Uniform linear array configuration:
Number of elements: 24
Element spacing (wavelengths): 0.5
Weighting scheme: hamming
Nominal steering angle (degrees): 0
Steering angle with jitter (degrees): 0.6152
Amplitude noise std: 0.05
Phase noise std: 0.05

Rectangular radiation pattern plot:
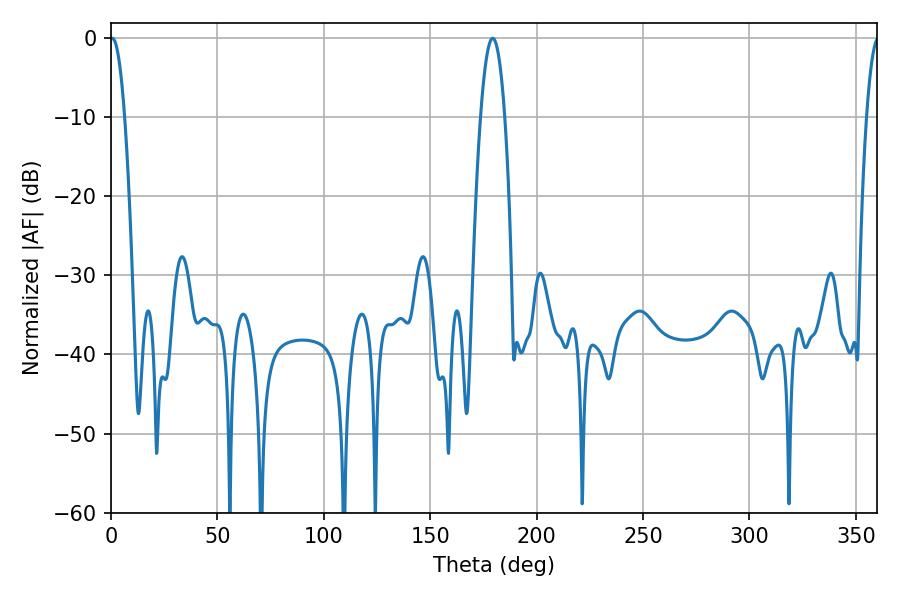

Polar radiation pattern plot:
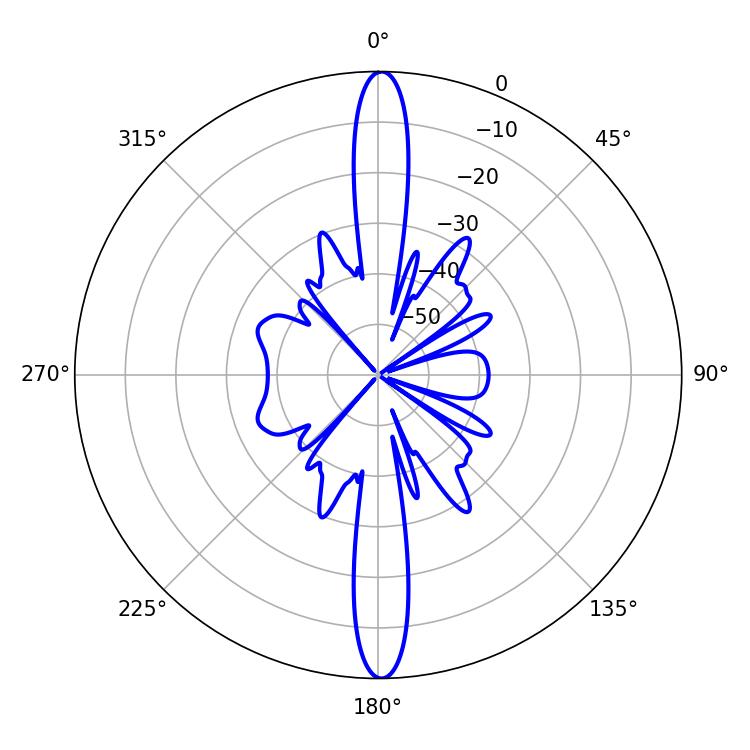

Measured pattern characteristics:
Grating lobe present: FALSE
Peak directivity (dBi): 28.493
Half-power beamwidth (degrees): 6.3
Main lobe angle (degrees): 179.28